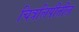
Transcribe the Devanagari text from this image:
चित्रलिपीतील